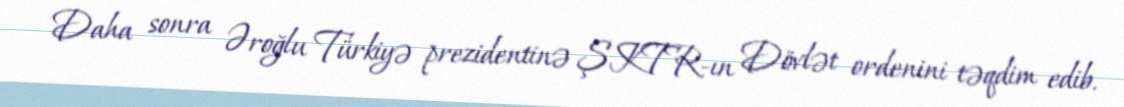
Daha sonra Əroğlu Türkiyə prezidentinə ŞKTR-ın Dövlət ordenini təqdim edib.